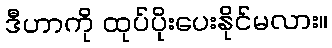
ဒီဟာကို ထုပ်ပိုးပေးနိုင်မလား။